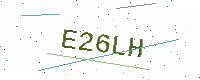
Text: E26LH